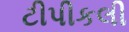
ટીપીકલી